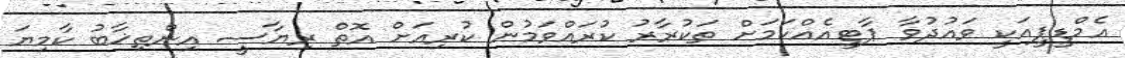
އެމްޑީޕީއަކީ ވައުދުވާ ޕާޓީއެއްކަމަށް ތަކުރާރު ކުރައްވަމުން ކުރިއަށް އޮތް ރިޔާސީ އިންތިޚާބު ކާމިޔަ